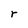
Character: r